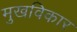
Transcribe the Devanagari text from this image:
मुखविकार